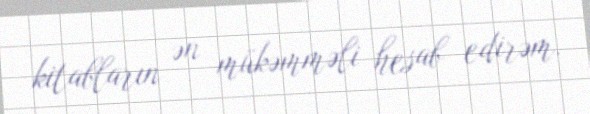
kitabların ən mükəmməli hesab edirəm.